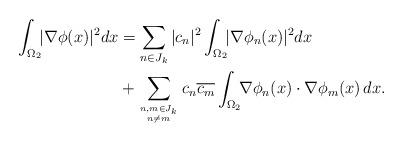
LaTeX: \begin{align*}\int_{\Omega_{2}}\!\!|\nabla\phi(x)|^2dx &= \sum_{n\in J_{k}}|c_{n}|^2\int_{\Omega_{2}}\!\!|\nabla\phi_{n}(x)|^2dx \\& + \sum_{n,m \in J_{k}\atop n\neq m}c_{n}\overline{c_{m}}\int_{\Omega_{2}}\!\! \nabla\phi_{n}(x)\cdot\nabla\phi_{m}(x)\, dx. \end{align*}